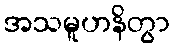
အသမူဟနိတွာ